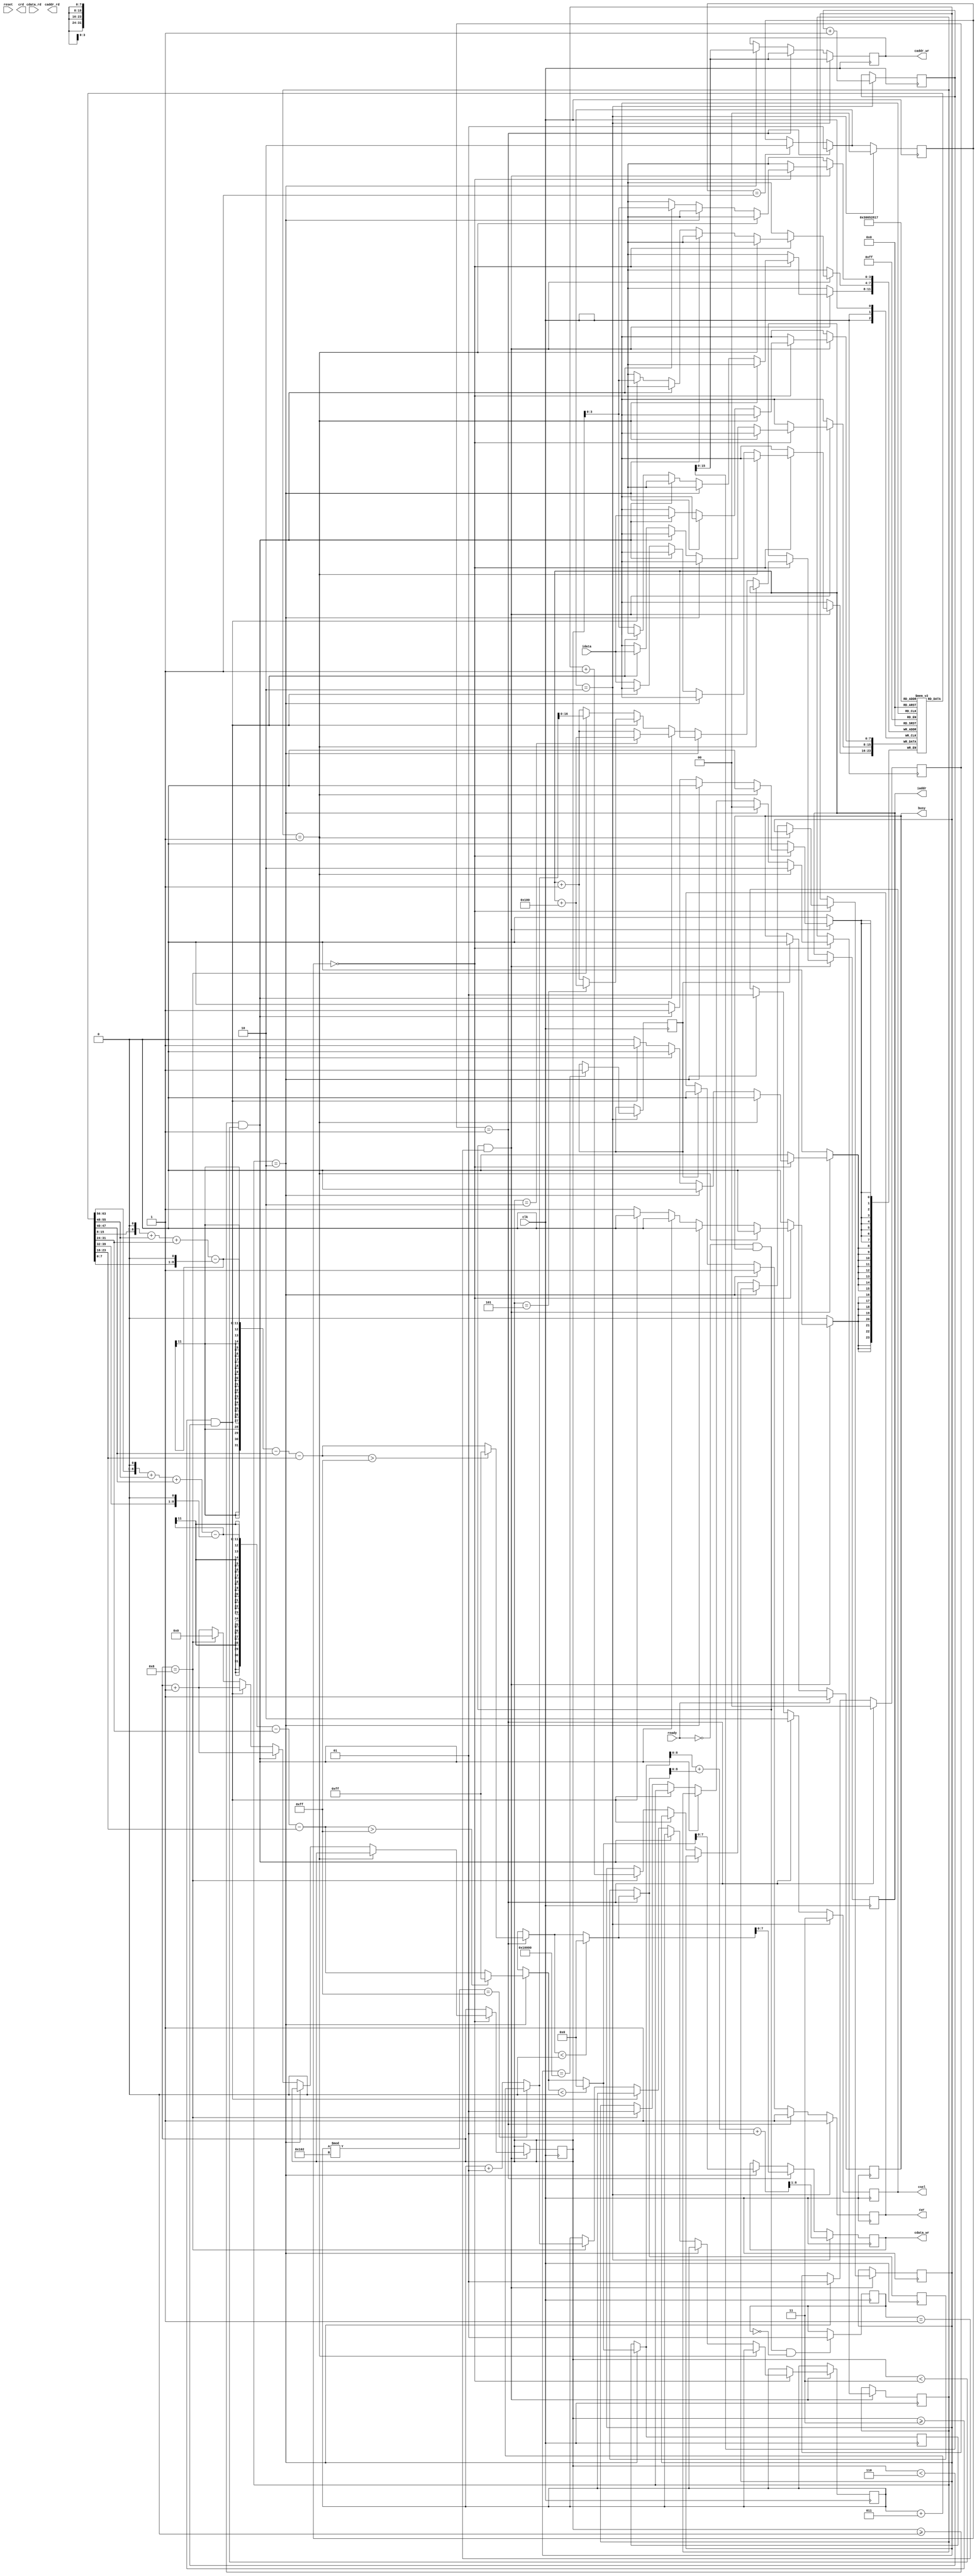

`timescale 1ns/10ps

module  SOBEL(clk,reset,busy,ready,iaddr,idata,cdata_rd,cdata_wr,caddr_rd,caddr_wr,cwr,crd,csel	);
	input clk,reset;
	input ready;	
	input [7:0] idata;	
	input [7:0] cdata_rd;
	output reg busy;	
	output reg [16:0] iaddr;
	output reg [7:0] cdata_wr;
	output reg [15:0] caddr_rd;
	output reg [15:0] caddr_wr;
	output reg cwr,crd;
	output reg [1:0] csel;
	reg [1:0] sobel_x_finish;
	reg [1:0] sobel_y_finish;
	reg [1:0] combine_finish;
	reg [1:0] delay;
	reg [16:0] w_count;
	reg delay_combine;
	
	integer temp_sobelx;
	integer temp_sobely;
	reg [8:0] temp_combine;
	reg [4:0] count;
	integer count_iaddr;
	reg [17:0] count_caddr;
	reg done;
	reg [7:0] pixel_value [8:0];
	initial begin
		delay=2'b00;
		caddr_wr=0;
		delay_combine=0;
		cwr=0;
		done=0;
		count_iaddr=0;
		temp_sobelx=0;
		sobel_x_finish=0;
		sobel_y_finish=0;
		combine_finish=0;
		count_caddr=0;
		busy=0;
		count=0;
		iaddr=0;
		csel=0;
		w_count = 0;
	end
	
	always @(posedge clk)
	begin
		if(ready==0 && busy==1 && delay==0)
			delay<=1;
		if(ready==0 && busy==1 && delay==1)
		begin
			if(combine_finish==0)
			begin
				if(sobel_x_finish==1)
				begin
					sobel_x_finish=2;
				end
				else if(sobel_x_finish==2)begin
					//sobel_y_finish=1;
					sobel_x_finish=0;
				end
				else begin
					if(count>=0 && count<3)
						begin
							pixel_value[count] = idata;
							if(count==2)
								iaddr = iaddr + 256;
							else
								iaddr = iaddr +1;
							count = count + 1;
						end
					else if(count>=3 && count<6)
						begin
						
							pixel_value[count] = idata;
							if(count==5)
								iaddr = iaddr + 256;
							else
								iaddr = iaddr +1;
							count = count + 1;
						end
					else 
						begin
							pixel_value[count] = idata;
							if(count==8)
								begin
									if(count_iaddr%258 == 255)
										count_iaddr = count_iaddr + 3;
									else
										count_iaddr = count_iaddr + 1;
									count_caddr = count_caddr + 1;
									iaddr = count_iaddr;
									count = 0;
									sobel_x_finish=1;
								end
							else begin
								iaddr = iaddr +1;
								count = count + 1;
							end
						end
				end
			end
			/*else if(combine_finish==1)
				combine_finish=2;*/
		end
	end
	
	
	always @(negedge clk)
	begin
		if(combine_finish==1)
			combine_finish=2;
		
		if(done==1)
		begin
			busy=0;
			cwr=0;
		end
		if(ready==1)
			busy=1;
			
		if(sobel_x_finish==2) // do sobel x
		begin
			
			cwr=1;
			csel=2'b01;
			temp_sobelx = pixel_value[3]<<1 ;
			temp_sobelx = temp_sobelx + pixel_value[0] + pixel_value[6];
			temp_sobelx = temp_sobelx - (  pixel_value[5] << 1 );
			temp_sobelx = temp_sobelx - pixel_value[2] - pixel_value[8];
			if(temp_sobelx > 255)
				temp_sobelx=255;
			if(temp_sobelx < 0)
				temp_sobelx=0;
			//$display("%d",temp_sobelx);
			sobel_y_finish<=1;
			cdata_wr = temp_sobelx;
			caddr_wr = w_count;
			
			
		end
		
		if(sobel_y_finish==1) // do sobel y
		begin
			cwr=1;
			csel=2'b10;
			temp_sobely = pixel_value[1]<<1 ;
			temp_sobely = temp_sobely + pixel_value[0] + pixel_value[2];
			temp_sobely = temp_sobely - (  pixel_value[7] << 1 );
			temp_sobely = temp_sobely - pixel_value[6] - pixel_value[8];
			
			if(temp_sobely > 255)
				temp_sobely=255;
			if(temp_sobely < 0)
				temp_sobely=0;
			cdata_wr = temp_sobely;
			//sobel_x_finish=0;
			sobel_y_finish<=0;
			combine_finish=1;
			caddr_wr = w_count;
			
			
		end
		
		if(combine_finish==2) // do sobel combine
		begin
			
			cwr=1;
			csel=2'b11;
			temp_combine = temp_sobelx + temp_sobely + 1 ;
			temp_combine= temp_combine >> 1;
			
			cdata_wr = temp_combine;
			
			combine_finish=0;
			caddr_wr = w_count;
			w_count = w_count + 1;

			if(count_caddr==65536)
				begin
					done=1;
				end
		end
			
			
			
		
	end
	
	
endmodule